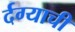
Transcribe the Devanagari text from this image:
र्दग्याची